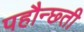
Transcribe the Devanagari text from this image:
पहौन्छ्ती